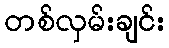
တစ်လှမ်းချင်း